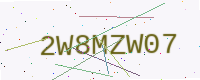
Text: 2W8MZW07